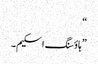
“
”ہاؤسنگ اسکیم۔